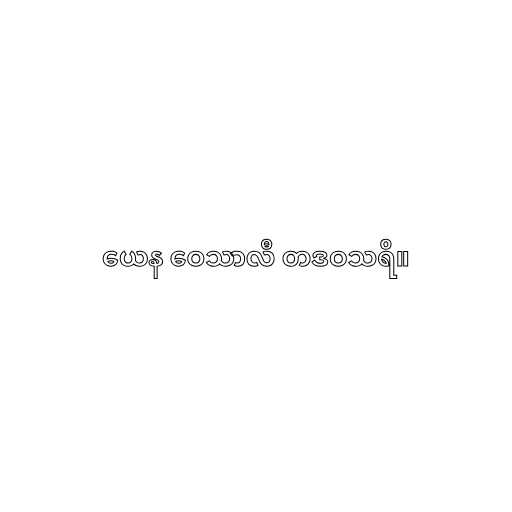
ယေန ဝေသာလီ တဒဝသရိ။